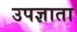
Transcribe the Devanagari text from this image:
उपज्ञाता